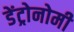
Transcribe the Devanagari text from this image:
डेंट्रोनोमी